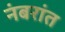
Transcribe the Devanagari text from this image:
नंबरांत